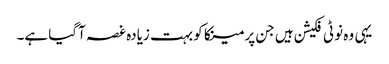
یہی وہ نوٹی فکیشن ہیں جن پر مینکا کو بہت زیادہ غصہ آگیا ہے۔